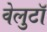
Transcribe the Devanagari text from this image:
वेलुटाॅ